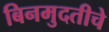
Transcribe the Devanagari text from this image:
बिनमुदतीचे